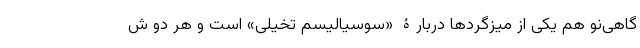
گاهی‌نو هم یکی از میزگردها دربارۀ «سوسیالیسم تخیلی» است و هر دو ش